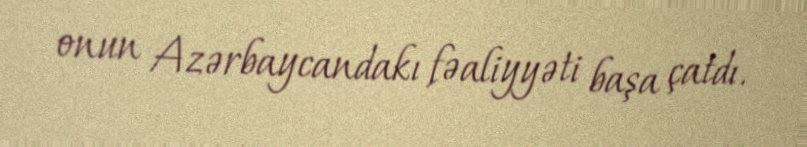
onun Azərbaycandakı fəaliyyəti başa çatdı.